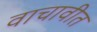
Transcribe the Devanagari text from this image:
वाचावीत